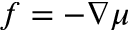
f = - \nabla \mu